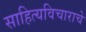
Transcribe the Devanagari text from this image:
साहित्यविचाराचे